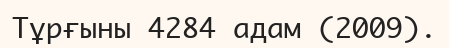
Тұрғыны 4284 адам (2009).